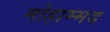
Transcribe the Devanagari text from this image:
मोहाम्मद